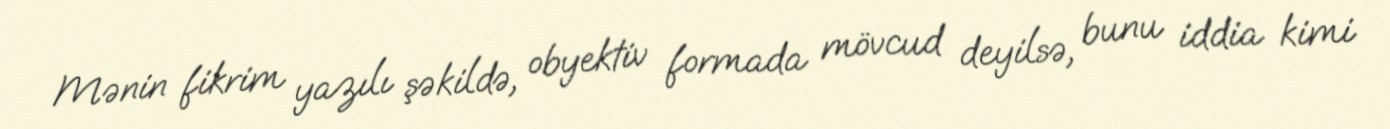
Mənin fikrim yazılı şəkildə, obyektiv formada mövcud deyilsə, bunu iddia kimi